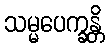
သမ္မပေက္ခန္တိ